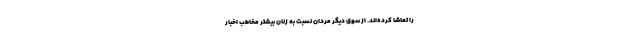
را تماشا کرده‌­اند. از سوی دیگر مردان نسبت به زنان بیشتر مخاطب اخبار